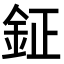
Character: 鉦